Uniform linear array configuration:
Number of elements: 32
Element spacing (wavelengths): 0.25
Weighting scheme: binomial
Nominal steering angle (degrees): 45
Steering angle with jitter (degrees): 43.951
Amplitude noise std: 0.05
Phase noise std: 0.05

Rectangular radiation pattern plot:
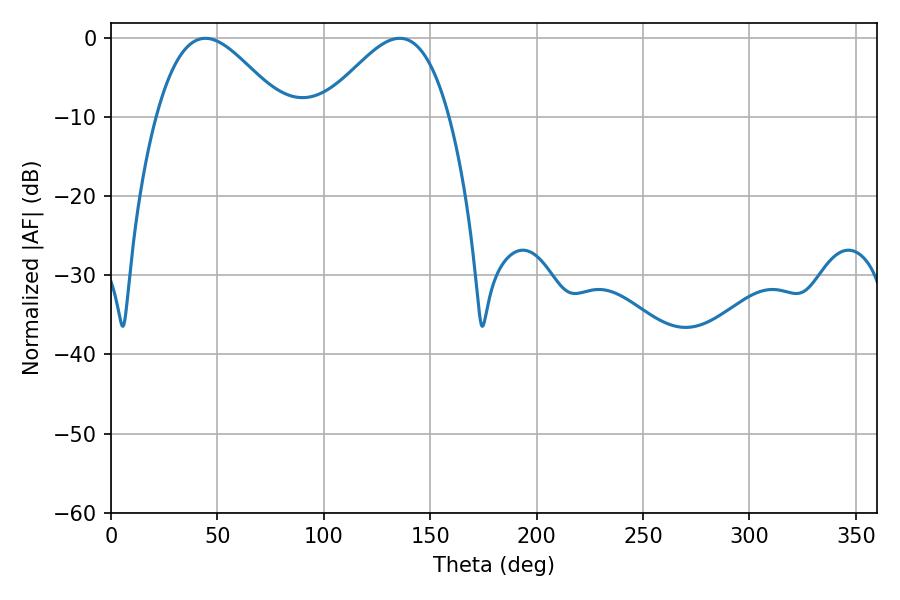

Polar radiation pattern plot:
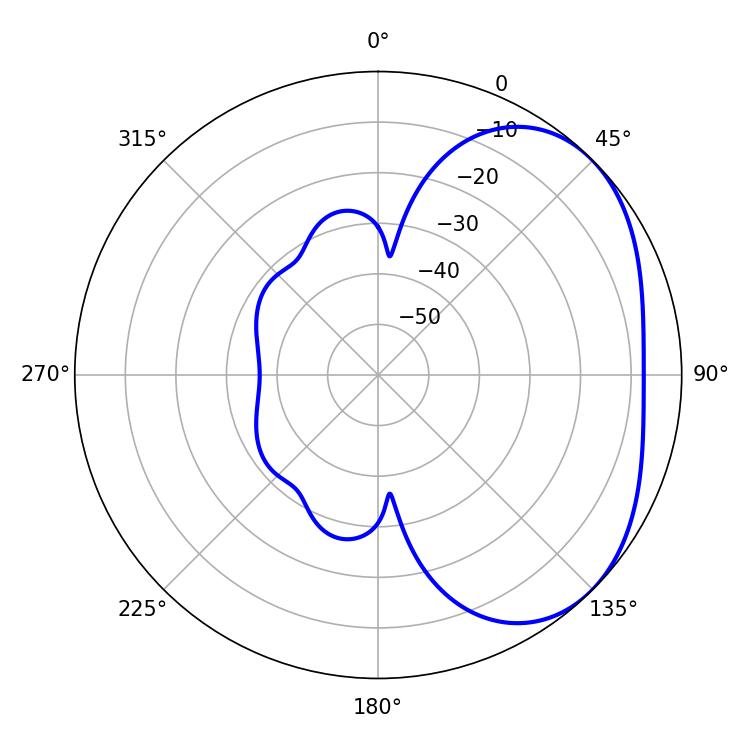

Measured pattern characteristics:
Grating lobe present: FALSE
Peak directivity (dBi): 3.305
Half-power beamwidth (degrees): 31.86
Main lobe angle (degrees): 44.28